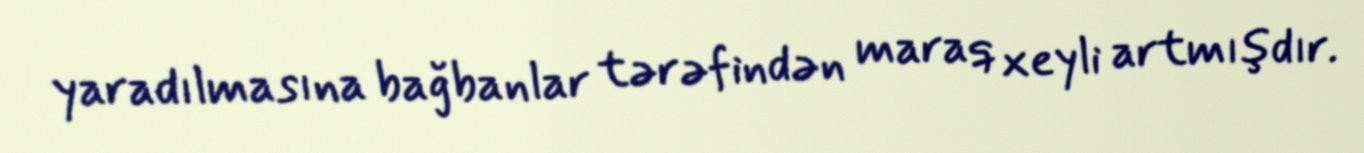
yaradılmasına bağbanlar tərəfindən maraq xeyli artmışdır.